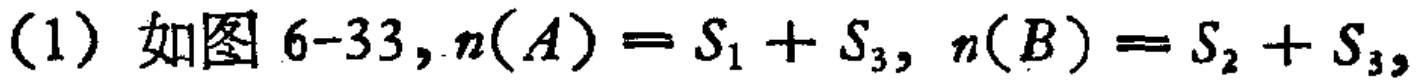
(1) 如图 6-33, \(n(A)=S_{1}+S_{3},\ n(B)=S_{2}+S_{3},\)